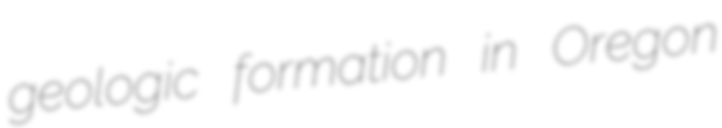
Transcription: geologic formation in Oregon